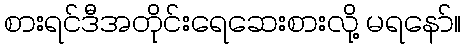
စားရင်ဒီအတိုင်းရေဆေးစားလို့ မရနော်။